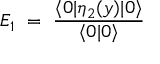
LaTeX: E _ { 1 } \ = \ \frac { \langle 0 \vert \eta _ { 2 } ( y ) \vert 0 \rangle } { \langle 0 \vert 0 \rangle }